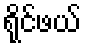
ရိုင်ဖယ်